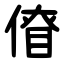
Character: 傄